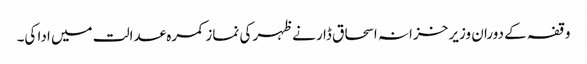
وقفہ کے دوران وزیر خزانہ اسحاق ڈا ر نے ظہر کی نماز کمرہ عدالت میں ادا کی۔